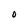
Character: O